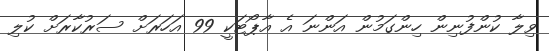
ވިލާ ކުންފުނިން ހިންގަމުން އަންނަ އެ އާޕޯޓަކީ 99 އަހަރަށް ސަރުކާރަށް ކުލި